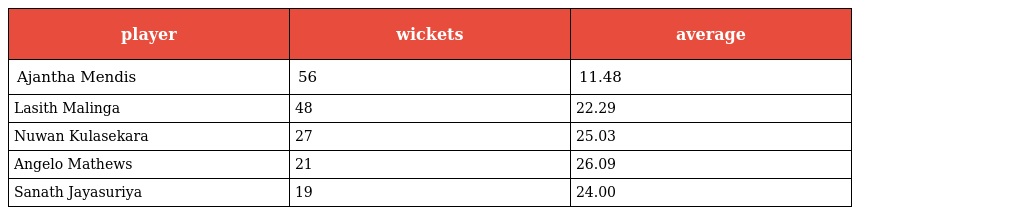
| player | wickets | average |
 | --- | --- | --- |
 | Ajantha Mendis | 56 | 11.48 |
 | Lasith Malinga | 48 | 22.29 |
 | Nuwan Kulasekara | 27 | 25.03 |
 | Angelo Mathews | 21 | 26.09 |
 | Sanath Jayasuriya | 19 | 24.00 |